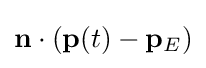
\mathbf {n} \cdot (\mathbf {p} (t)-\mathbf {p} _{E})